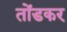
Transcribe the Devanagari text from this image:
तोंडकर